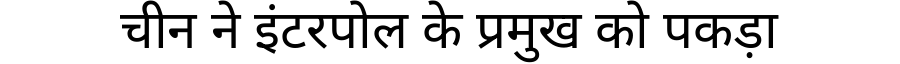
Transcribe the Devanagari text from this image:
चीन ने इंटरपोल के प्रमुख को पकड़ा